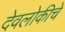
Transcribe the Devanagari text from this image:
देवलोकीचे